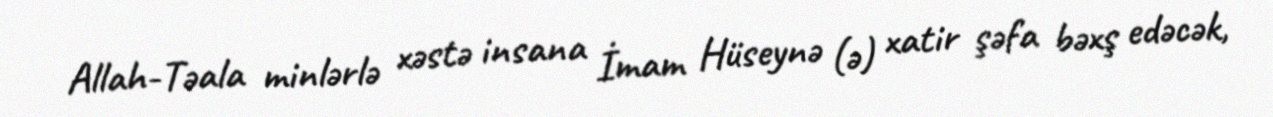
Allah-Təala minlərlə xəstə insana İmam Hüseynə (ə) xatir şəfa bəxş edəcək,